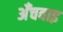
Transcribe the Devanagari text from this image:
अँचवाइ